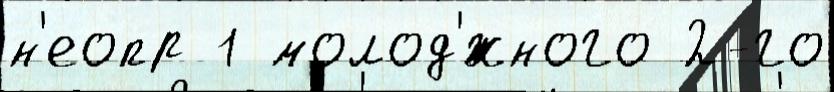
н'еопр 1 молод'́жного 2-го